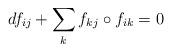
LaTeX: \begin{align*} df_{ij}+\sum_{k}f_{kj}\circ f_{ik}=0\end{align*}